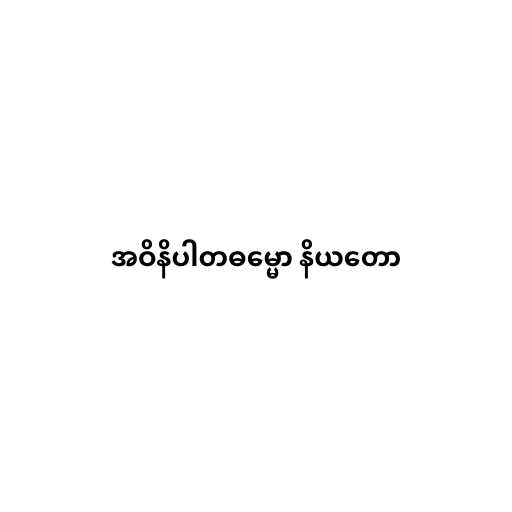
အဝိနိပါတဓမ္မော နိယတော